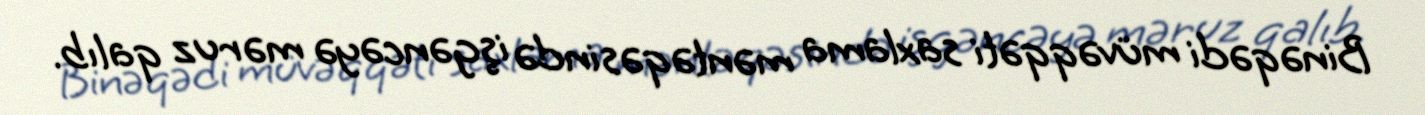
Binəqədi müvəqqəti saxlama məntəqəsində işgəncəyə məruz qalıb.